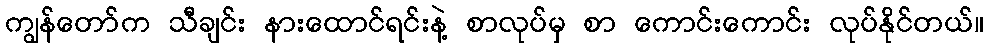
ကျွန်တော်က သီချင်း နားထောင်ရင်းနဲ့ စာလုပ်မှ စာ ကောင်းကောင်း လုပ်နိုင်တယ်။